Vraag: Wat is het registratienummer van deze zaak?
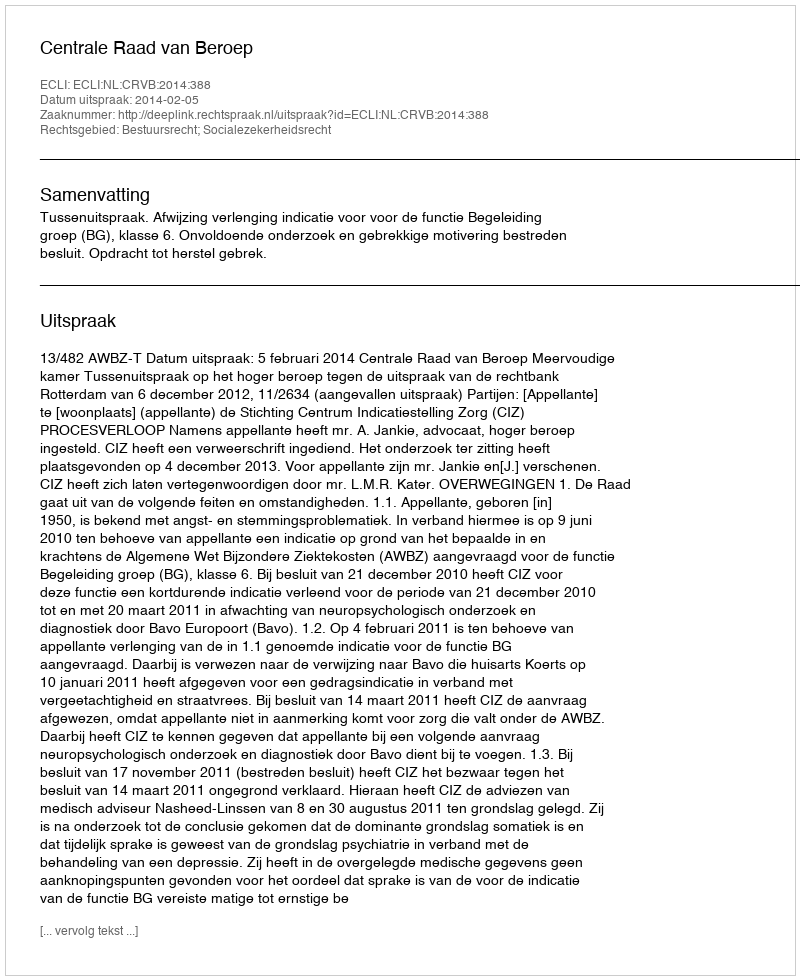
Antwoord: http://deeplink.rechtspraak.nl/uitspraak?id=ECLI:NL:CRVB:2014:388